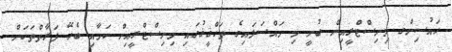
ހައުސިންގ މިނިސްޓްރީއިން ބުނީ މި މައްސަލައިގެ ތަހްޤީޤުގައި މިނިސްޓްރީއިން ކަމާއި ބެހޭ ފަރާތްތަކަށް